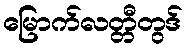
မြောက်လတ္တီတွဒ်